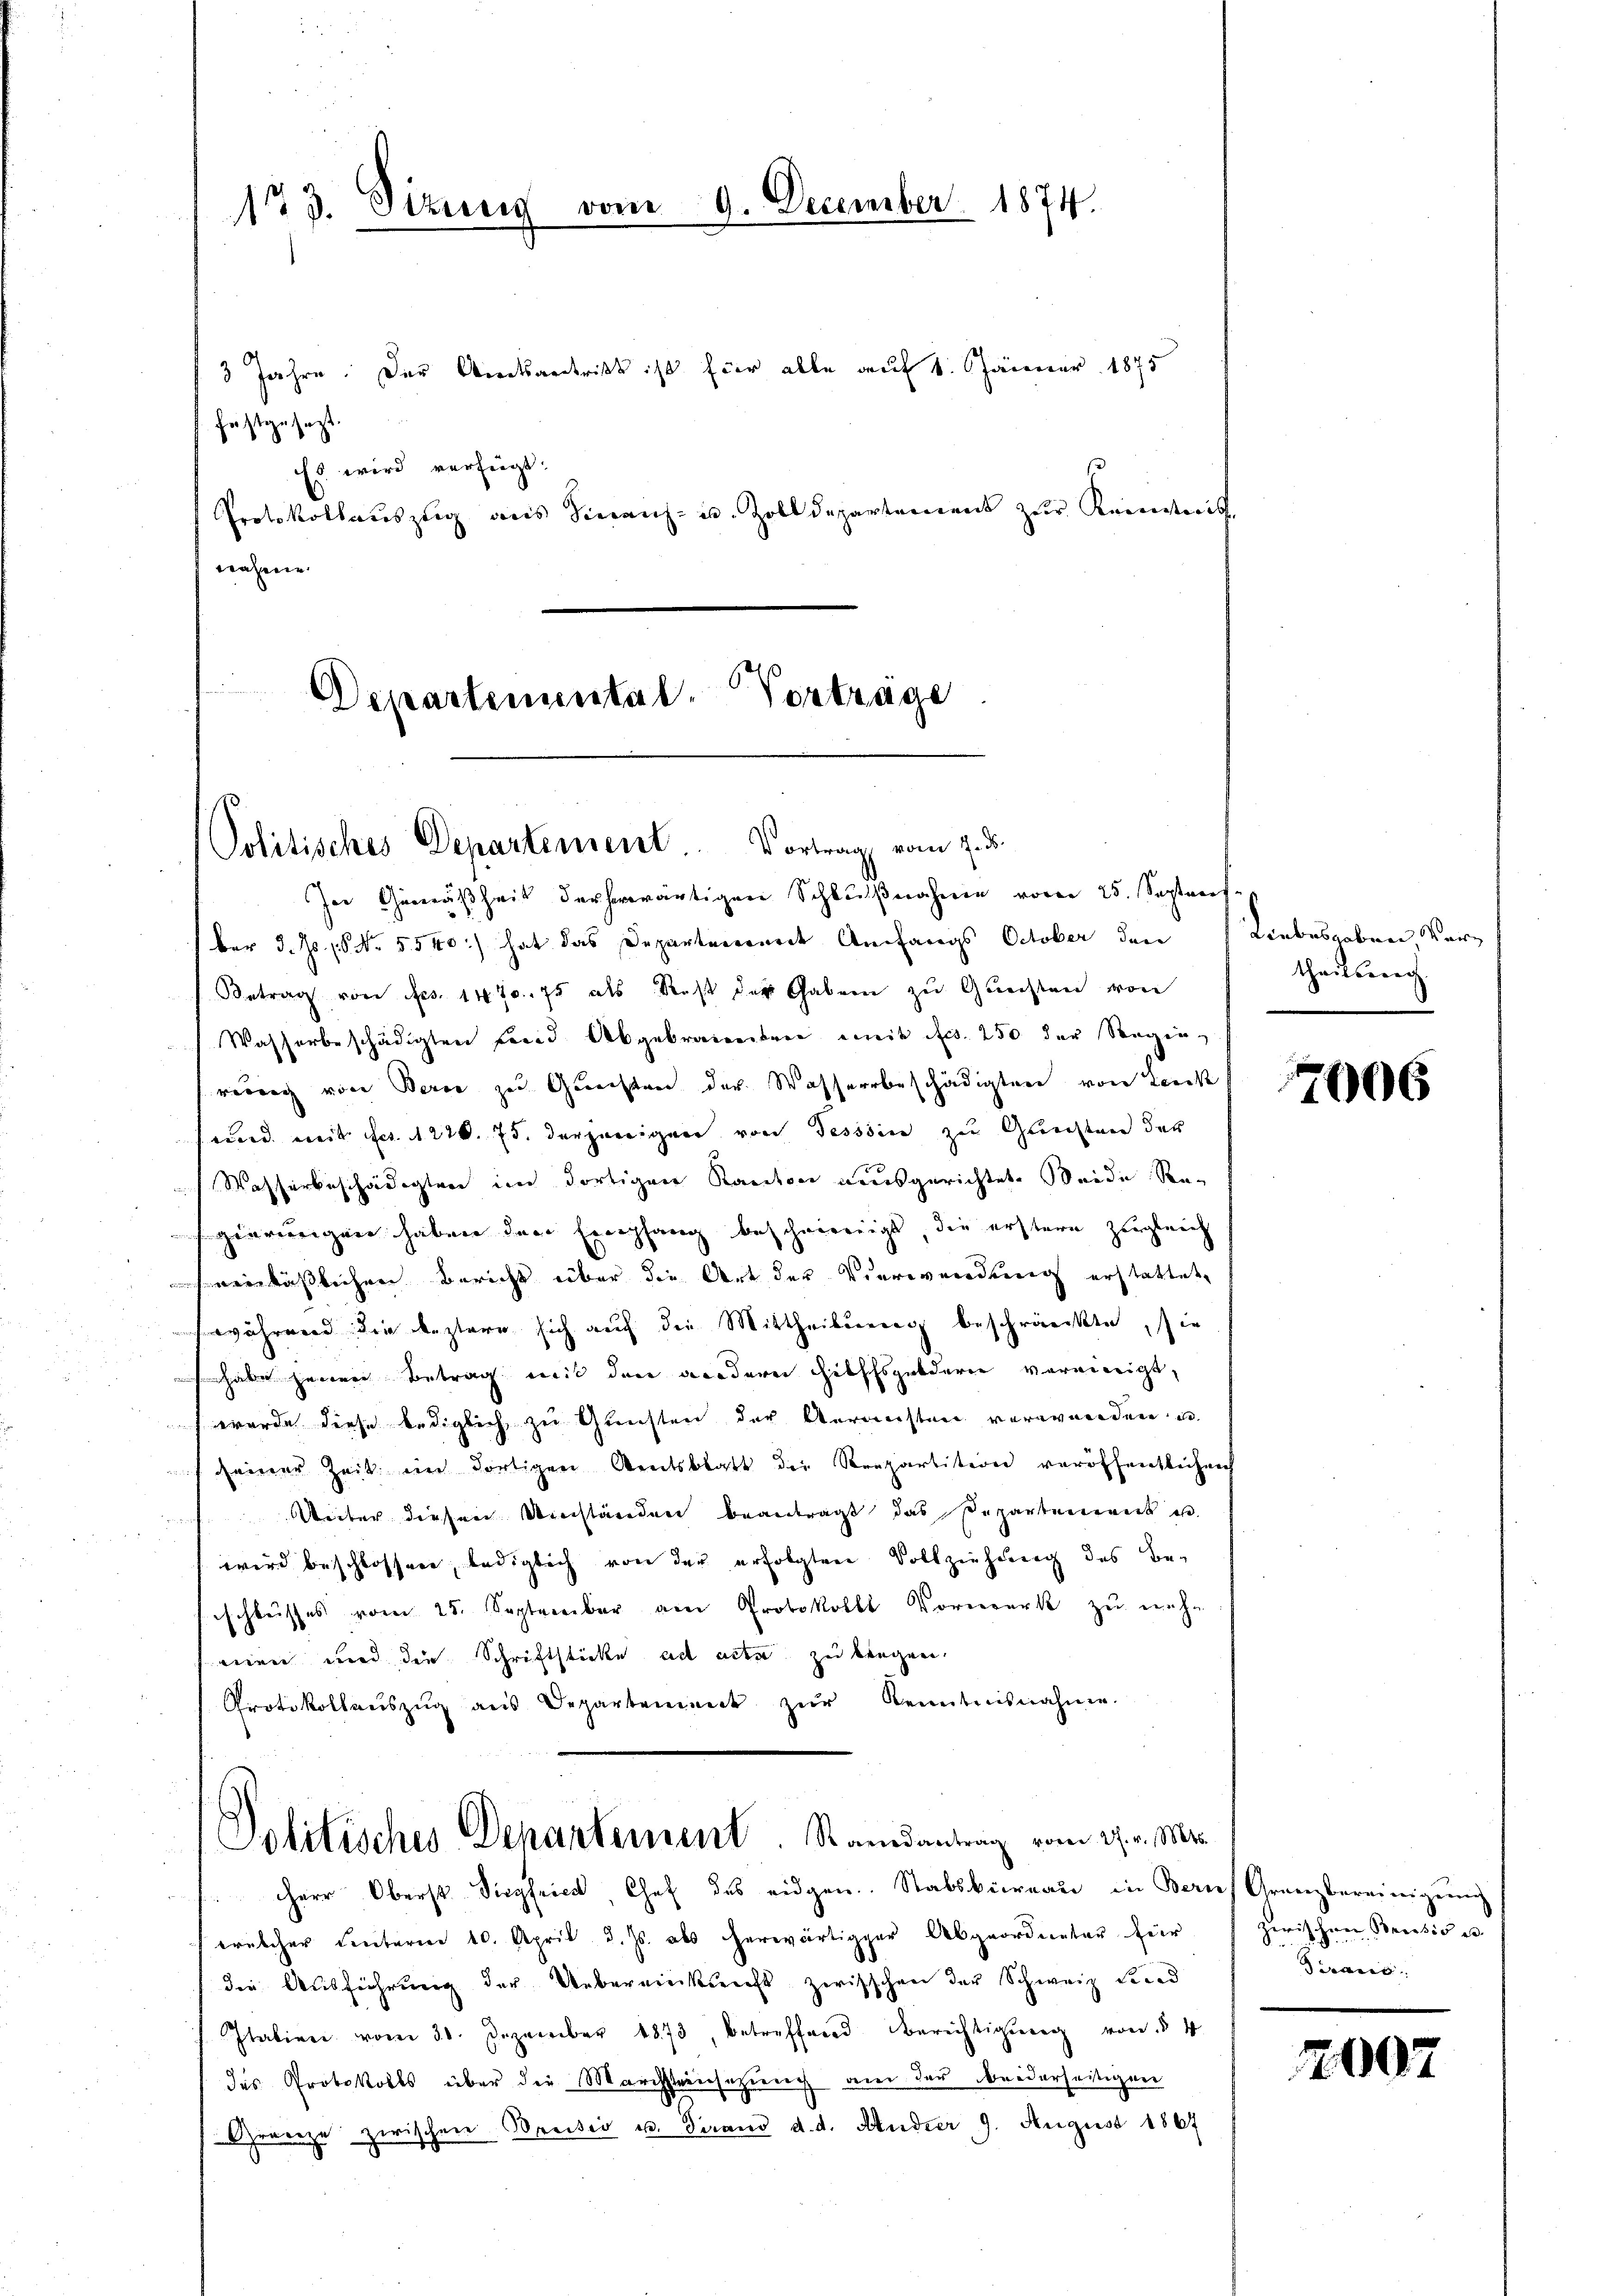
173. Sizung vom 9. December 1874.

3 Jahre. Der Amtsantritt ist für alle auf 1. Jänner 1875
festgesezt.
Es wird verfügt:
Protokollauszug aus hieranz- u. Zolldepartement zŭr Keinderis
nähere

Departemental-Vorträge

In Gemäßheit der herwärtigen Schlußnahme vom 25. Septent
ber d. Js. No. 5540:) hat das Departenwurde Anfangs October den
Betrag von Frs. 1470. 75 als Rest der Gabern zu Guechten von
Wasserbeschädigten fand Abgebraienten mit fr. 250 der Regin-
reich von Berne zu Quechten der Wasserbeschädigten von Zeich
ward weit Fr. 1220. 75. derjenigen von Tessin zur Gerechten der
Wasserbeschädigten im dortigen Kanton ausgerichtete Seide Resgierungen haben den Empfang beschwierigt, die erstern zugleich
hereinläßlichen Bericht über die Art der Verwendung erstattet,
während die bestern sich auch die Mittheilung beschränkte, sie
habe herren Betrag mit den wiedern Hilfsgeldern vereinigt,
f wurde diese lediglich zu Gunsten der Aeransten verwenden, u.
f seiner Zeit in dortigen Amtsblatt die Krepartition veröffentlichen
Unter diesen Umständen beantragt das Repartement u.
wird beschlossen, lediglich von der erfolgten Vollziehung des Be-
schlusses vom 25. September am Protokoll Vorwerk zu nehm
niren und die Schriftsticke ad acta zu beugen,
Protokollaŭszŭg ans Departement zŭr Kenntnisnahme.

Politisches Departement. Vortrag vom 7. d.

Politisches Departement. Randantrag vom 27. v. Ms.
herr Oberst Siegfried Chef des eidgen. Stabsbüreaŭ in Bern Granzbereinigŭng

Liebesgaben Verz
theilung

welcher unterm 10. April d. Js. als herwärtigger Abgeordneter für
die Ausführung der Uebereinkunft zwischen der Schweiz find
Italien vom 31. Dezember 1873, betreffend Berichtigung von § 4
des Protokolls über die Marchsteinsetzung an der beiderseitigen
(Grenze zwischen Breisis u. Tirand d. d. Andrer 9. August 1867

7006

zwischen Breesis es
Tirano.

2007